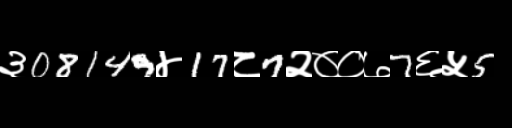
Text: ३08149४17८7२००७7६५5